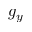
g _ { y }